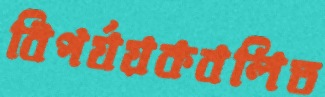
বিপর্যয়কবলিত